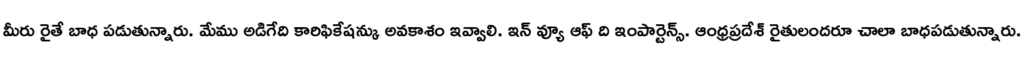
మీరు రైతే బాధ పడుతున్నారు. మేము అడిగేది కారిఫికేషన్కు అవకాశం ఇవ్వాలి. ఇన్ వ్యూ ఆఫ్ ది ఇంపార్టెన్స్. ఆంధ్రప్రదేశ్ రైతులందరూ చాలా బాధపడుతున్నారు.